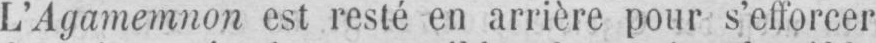
L’Agamemnon est resté en arrière pour s’efforcer